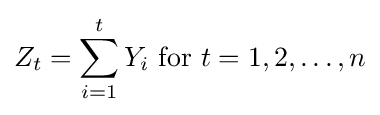
Z_{t}=\sum _{i=1}^{t}Y_{i}{\text{  for }}t=1,2,\dots ,n